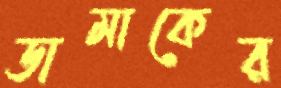
ডামাকের